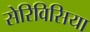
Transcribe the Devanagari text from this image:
सेरिविसिया